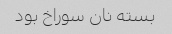
بسته نان سوراخ بود